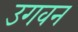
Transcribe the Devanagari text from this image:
उगवन